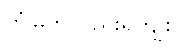
တံမြက်လှည်းရကျိုး